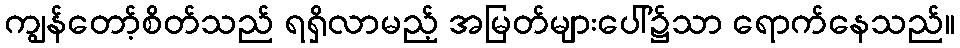
ကျွန်တော့်စိတ်သည် ရရှိလာမည့် အမြတ်များပေါ်၌သာ ရောက်နေသည်။